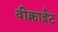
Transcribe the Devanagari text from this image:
वीक्नाईट